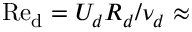
\mathrm { R e _ { d } } = U _ { d } R _ { d } / \nu _ { d } \approx